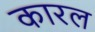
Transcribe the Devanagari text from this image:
कारल